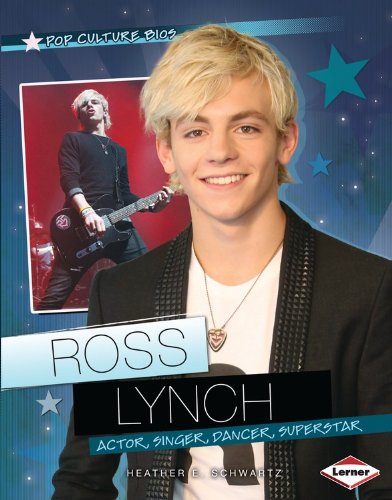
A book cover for Ross Lynch: Actor, Singer, Dancer, Superstar (Pop Culture Bios); Heather E. Schwartz; Children's Books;